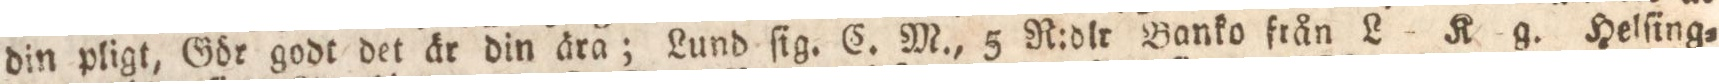
din pligt, Gör godt det är din ära; Lund ſig. C. M., 5 R:dlr Banko från L K g. Helſing=